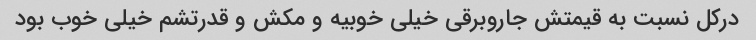
درکل نسبت به قیمتش جاروبرقی خیلی خوبیه و مکش و قدرتشم خیلی خوب بود